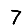
Digit: 7